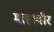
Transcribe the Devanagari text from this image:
माहावीर